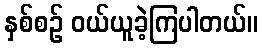
နှစ်စဉ် ဝယ်ယူခဲ့ကြပါတယ်။